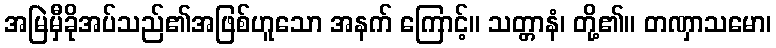
အမြဲမှီခိုအပ်သည်၏အဖြစ်ဟူသော အနက် ကြောင့်။ သတ္တာနံ၊ တို့၏။ တဏှာသမော၊